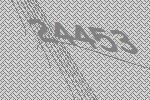
24453